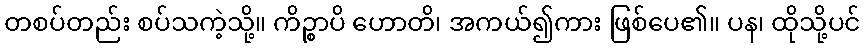
တစပ်တည်း စပ်သကဲ့သို့။ ကိဉ္စာပိ ဟောတိ၊ အကယ်၍ကား ဖြစ်ပေ၏။ ပန၊ ထိုသို့ပင်